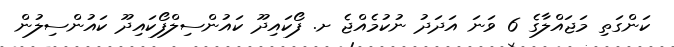
ކަންގަތި މަޖައްލާގެ 6 ވަނަ އަދަދު ނުކުމެއްޖެ ށ. ފޯކައިދޫ ކައުންސިލްފޯކައިދޫ ކައުންސިލުން